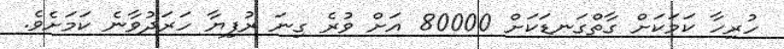
ހުރިހާ ކަމަކަށް ގާތްގަނޑަކަށް 80000 އަށް ވުރެ ގިނަ ރުފިޔާ ހަރަދުވާނެ ކަމަށެވެ.